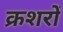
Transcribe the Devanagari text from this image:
क्रशरों